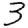
Digit: 3